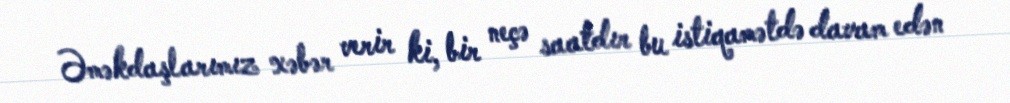
Əməkdaşlarımız xəbər verir ki, bir neçə saatdır bu istiqamətdə davam edən